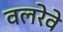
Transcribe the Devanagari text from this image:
वलरेवे